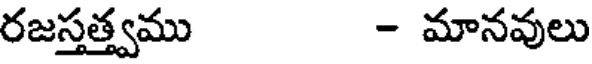
రజస్తత్త్వము - మానవులు